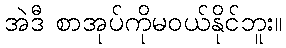
အဲဒီ စာအုပ်ကိုမဝယ်နိုင်ဘူး။